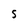
Character: S